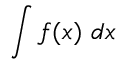
\int f ( x ) \ d x